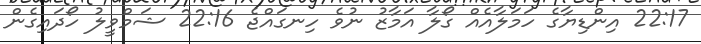
22:17 އިންޑިޔާގެ ހަމަލާއެއް ގޯލާ އަމާޒު ނުވެ ހިނގައްޖެ 22:16 ޝަމްވީލު ހޯދައިގެން